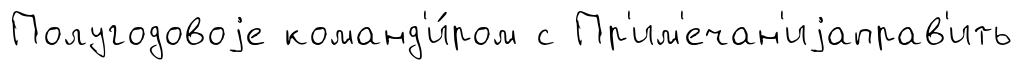
Полугодовоjе команд'и́ром с Пр'им'ечан'иjаправ'ить